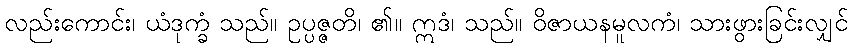
လည်းကောင်း၊ ယံဒုက္ခံ သည်။ ဥပ္ပဇ္ဇတိ၊ ၏။ ဣဒံ၊ သည်။ ဝိဇာယနမူလကံ၊ သားဖွားခြင်းလျှင်